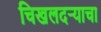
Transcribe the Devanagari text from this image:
चिखलदर्‍याचा